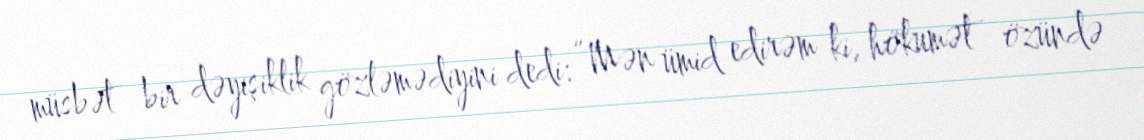
müsbət bir dəyişiklik gözləmədiyini dedi: “Mən ümid edirəm ki, hökumət özündə